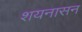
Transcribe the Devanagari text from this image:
शयनासन